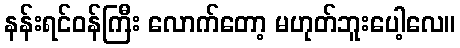
နန်းရင်ဝန်ကြီး လောက်တော့ မဟုတ်ဘူးပေါ့လေ။